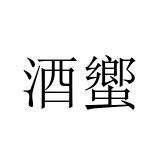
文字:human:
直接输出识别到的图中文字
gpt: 酒蠁